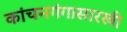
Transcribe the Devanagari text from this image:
कांचनगंगासारखी